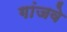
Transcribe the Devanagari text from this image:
गांजवे